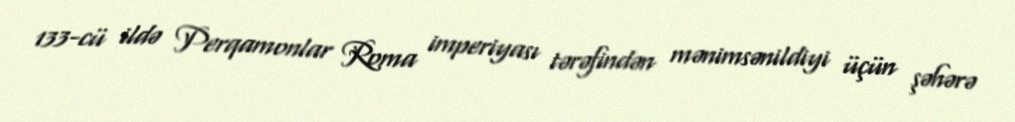
133-cü ildə Perqamonlar Roma imperiyası tərəfindən mənimsənildiyi üçün şəhərə